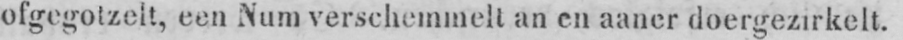
ofgegolzelt, een Num verschemmelt an en aaner doergezirkelt.